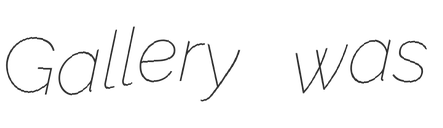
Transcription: Gallery was